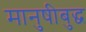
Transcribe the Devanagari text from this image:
मानुषीबुद्ध